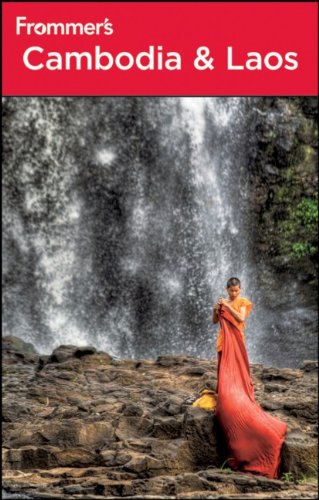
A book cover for Frommer's Cambodia and Laos (Frommer's Complete Guides); Daniel White; Travel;